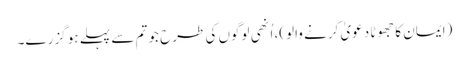
(ایمان کا جھوٹا دعویٰ کرنے والو)، اُنھی لوگوں کی طرح جو تم سے پہلے ہو گزرے۔